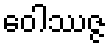
ဝေါဿဇ္ဇ